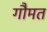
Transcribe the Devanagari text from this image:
गौमत